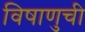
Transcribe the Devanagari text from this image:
विषाणुची